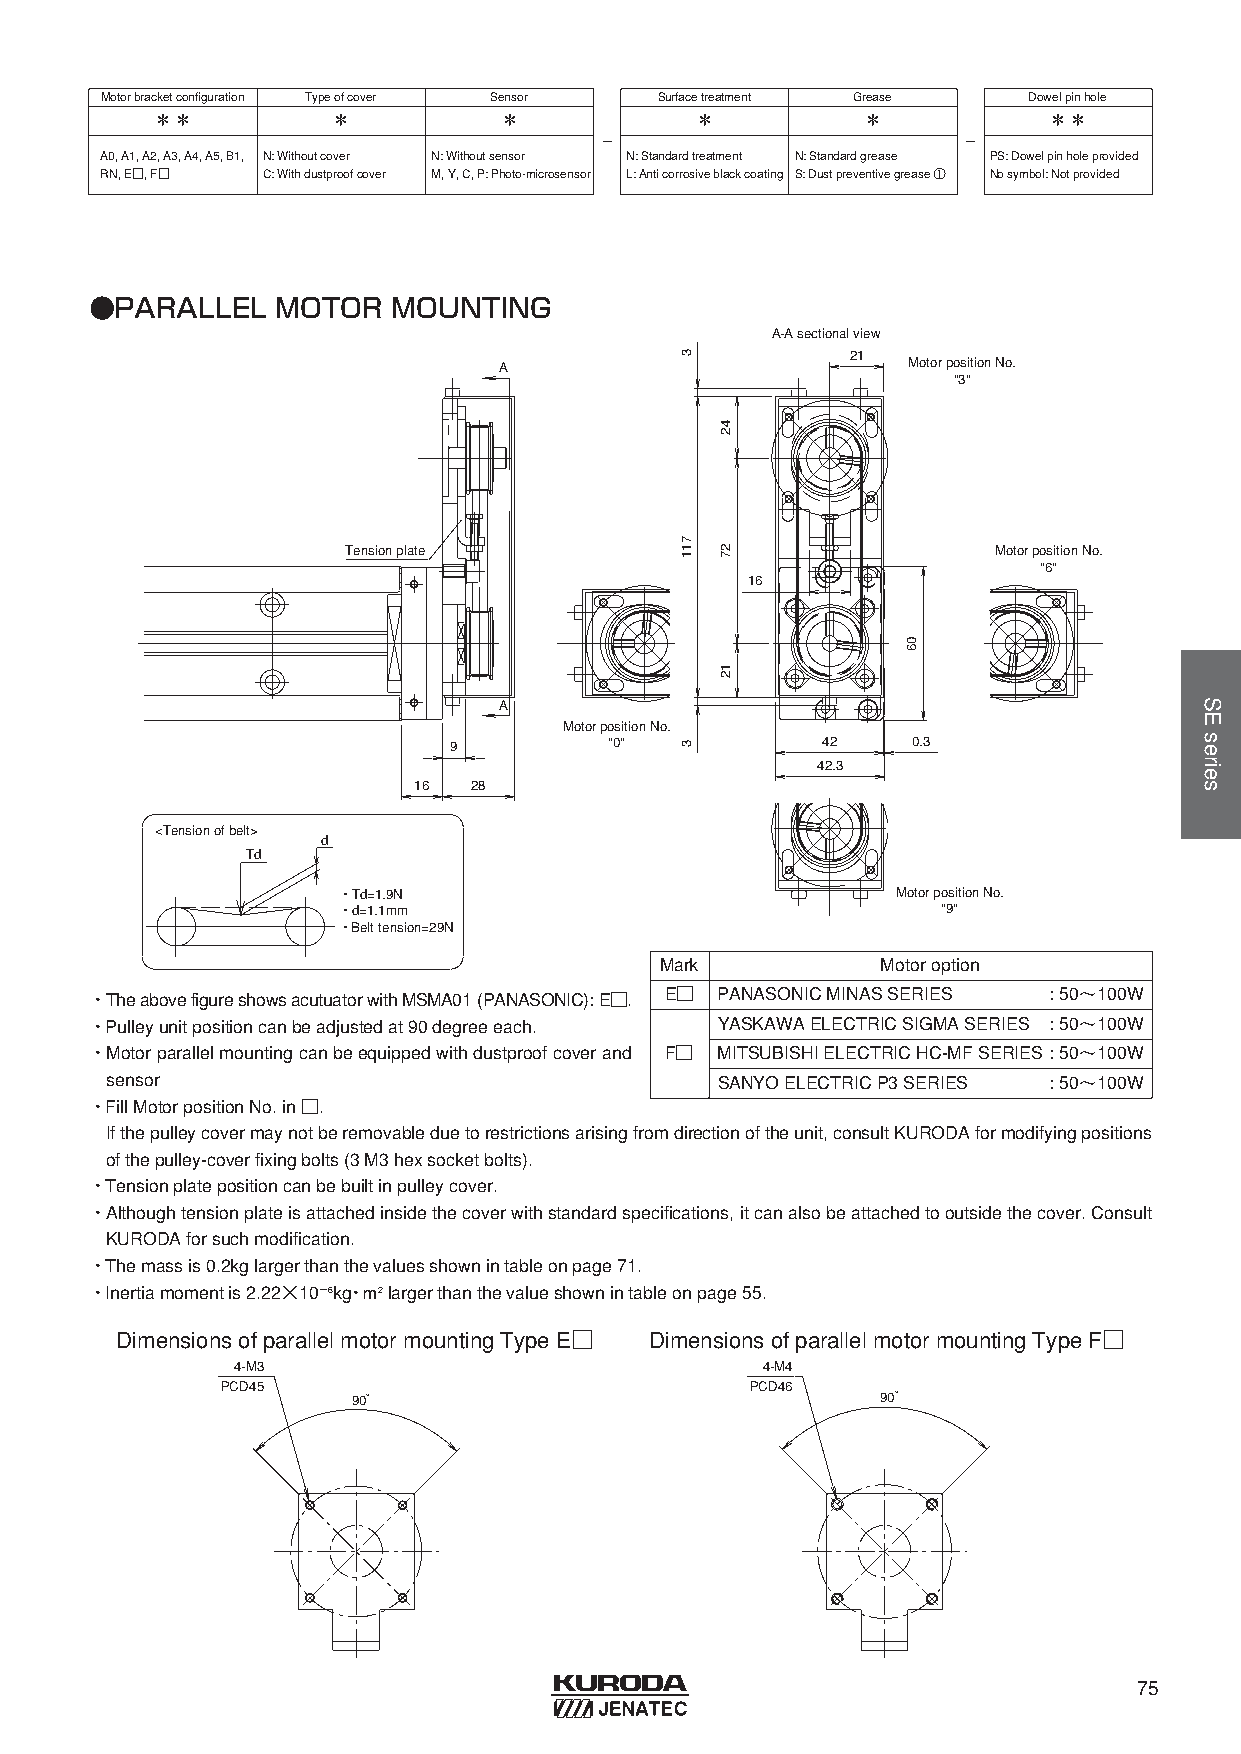
Motorbracketconfiguration Typeofcover Sensor Surfacetreatment Grease Dowelpinhole
 ＊＊          ＊          ＊            ＊          ＊           ＊＊
 -                       -
 A0, A1, A2, A3, A4, A5, B1, N: Withoutcover N: Withoutsensor N: Standardtreatment N: Standardgrease PS: Dowelpinholeprovided
 RN, E□, F□ C: Withdustproofcover M, Y, C, P: Photo-microsensor L: Anticorrosiveblackcoating S: Dustpreventivegrease ① Nosymbol: Notprovided
 ●PARALLEL   MOTOR   MOUNTING
 A-A sectional view
 21
 A                          Motor position No.
 "3"
 Tension plate                              Motor position No.
 "6"
 16
 A
 Motor position No.
 9         "0"           42    0.3
 42.3
 16  28
 <Tension of belt>
 d
 Td
 ・Td=1.9N                             Motor position No.
 ・d=1.1mm                                "9"
 ・Belt tension=29N
 Mark          Motoroption
 ・TheabovefigureshowsacutuatorwithMSMA01 (PANASONIC): E□. E□ PANASONICMINASSERIES : 50〜100W
 ・Pulleyunitpositioncanbeadjustedat90 degreeeach. YASKAWAELECTRICSIGMASERIES : 50〜100W
 ・Motorparallelmountingcanbeequippedwithdustproofcoverand F□ MITSUBISHIELECTRICHC-MFSERIES: 50〜100W
 sensor                                   SANYOELECTRICP3 SERIES : 50〜100W
 ・FillMotorpositionNo. in□.
 Ifthepulleycovermaynotberemovableduetorestrictionsarisingfromdirectionoftheunit, consultKURODAformodifyingpositions
 ofthepulley-coverfixingbolts(3 M3 hexsocketbolts).
 ・Tensionplatepositioncanbebuiltinpulleycover.
 ・Althoughtensionplateisattachedinsidethecoverwithstandardspecifications, itcanalsobeattachedtooutsidethecover. Consult
 KURODAforsuchmodification.
 ・Themassis0.2kglargerthanthevaluesshownintableonpage71.
 ・Inertiamomentis2.22×10−6kg・ｍ2largerthanthevalueshownintableonpage55.
 DimensionsofparallelmotormountingTypeE□ DimensionsofparallelmotormountingTypeF□
 4-M3                               4-M4
 PCD45                              PCD46
 90°                                90°
 75
 3
 711
 3
 42
 27
 12
 06
 SEseries